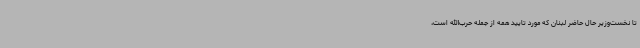
تا نخست‌وزیر حال حاضر لبنان که مورد تایید همه از جمله حرب‌الله است،